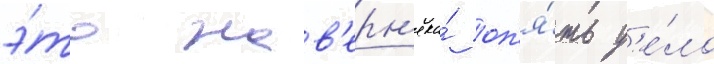
э́то нав'ерн'яка́ оп'я́ть д'е́ло